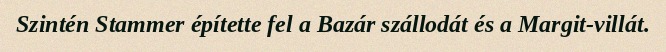
Szintén Stammer építette fel a Bazár szállodát és a Margit-villát.